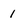
Character: 1